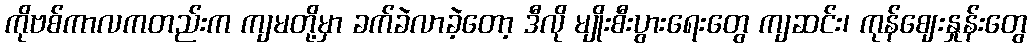
ကိုဗစ်ကာလကတည်းက ကျမတို့မှာ ခက်ခဲလာခဲ့တော့ ဒီလို မျိုးစီးပွားရေးတွေ ကျဆင်း၊ ကုန်ဈေးနှုန်းတွေ